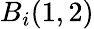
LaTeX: B_{i}(1,2)